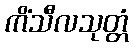
ကိံသီလသုတ္တံ